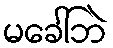
မခေါ်ဘဲ